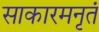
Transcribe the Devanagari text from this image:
साकारमनृतं